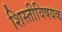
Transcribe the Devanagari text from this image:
शिस्तीविषयक